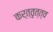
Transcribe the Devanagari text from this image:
कर्त्तृत्त्व